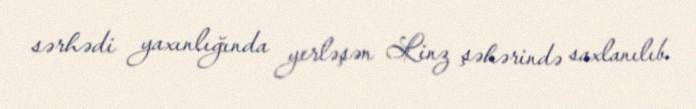
sərhədi yaxınlığında yerləşən Linz şəhərində saxlanılıb.